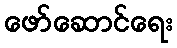
ဖော်ဆောင်ရေး